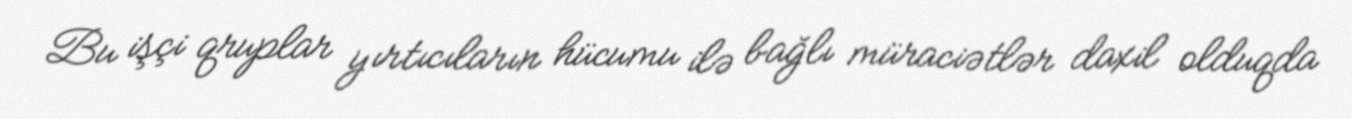
Bu işçi qruplar yırtıcıların hücumu ilə bağlı müraciətlər daxil olduqda